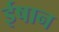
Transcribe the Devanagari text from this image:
ईषान